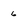
Character: 6